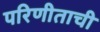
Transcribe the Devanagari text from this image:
परिणीताची